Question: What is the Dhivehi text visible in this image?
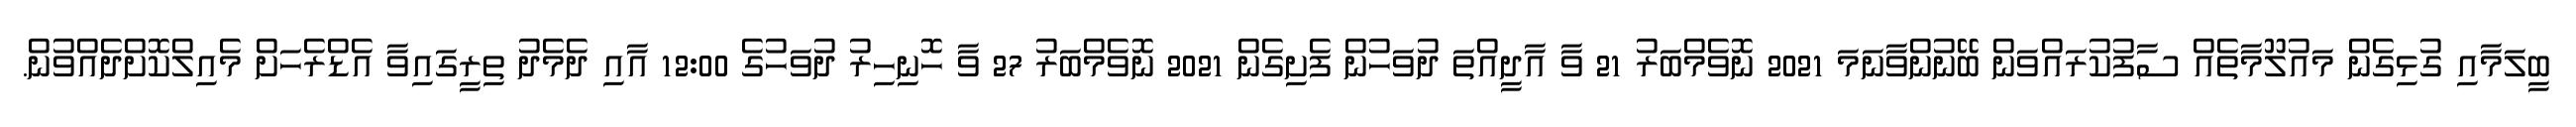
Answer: ބީލަމާއި ގުޅިގެން މައުލޫމާތެއް ސާފުކުރައްވަން ބޭނުންވާނަމަ 2021 ނޮވެމްބަރު 21 ވާ އާދީއްތަ ދުވަހުން ފެށިގެން 2021 ނޮވެމްބަރު 27 ވާ ހޮނިހިރު ދުވަހުގެ 12:00 އާއި ދެމެދު ތިރީގައިވާ އެޑްރެހަށް މެއިލްކޮށްދެއްވުން.